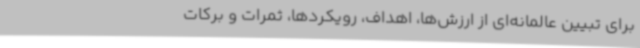
برای تبیین عالمانه‌ای از ارزش‌ها، اهداف، رویکردها، ثمرات و برکات